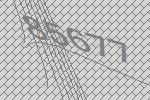
85677